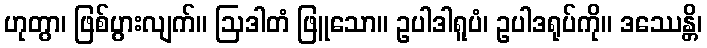
ဟုတွာ၊ ဖြစ်ပွားလျက်။ ဩဒါတံ ဖြူသော။ ဥပါဒါရူပံ၊ ဥပါဒရုပ်ကို။ ဒဿေန္တိ၊